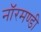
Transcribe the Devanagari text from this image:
नॉरमण्डी